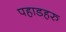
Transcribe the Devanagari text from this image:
पहाडहरु